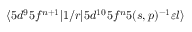
\langle 5 d ^ { 9 } 5 f ^ { n + 1 } | 1 / r | 5 d ^ { 1 0 } 5 f ^ { n } 5 ( s , p ) ^ { - 1 } \varepsilon { l } \rangle